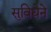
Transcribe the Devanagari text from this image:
सुविधेने